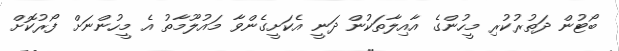
ބޯޓުން ދަތުރުކުރި މީހުންގެ އާއިލާތަކުން ދަނީ އެކަށީގެންވާ މައުލޫމާތު އެ މީހުންނަށް ފޯރުކޮށް